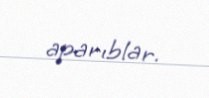
aparıblar.